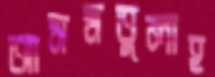
আসমতুলাহ